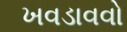
ખવડાવવો